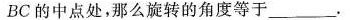
BC的中点处，那么旋转的角度等于___ .